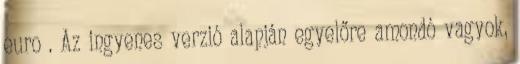
euro . Az ingyenes verzió alapján egyelőre amondó vagyok,